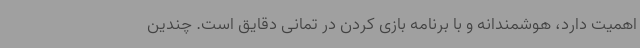
اهمیت دارد، هوشمندانه و با برنامه بازی کردن در تمانی دقایق است. چندین